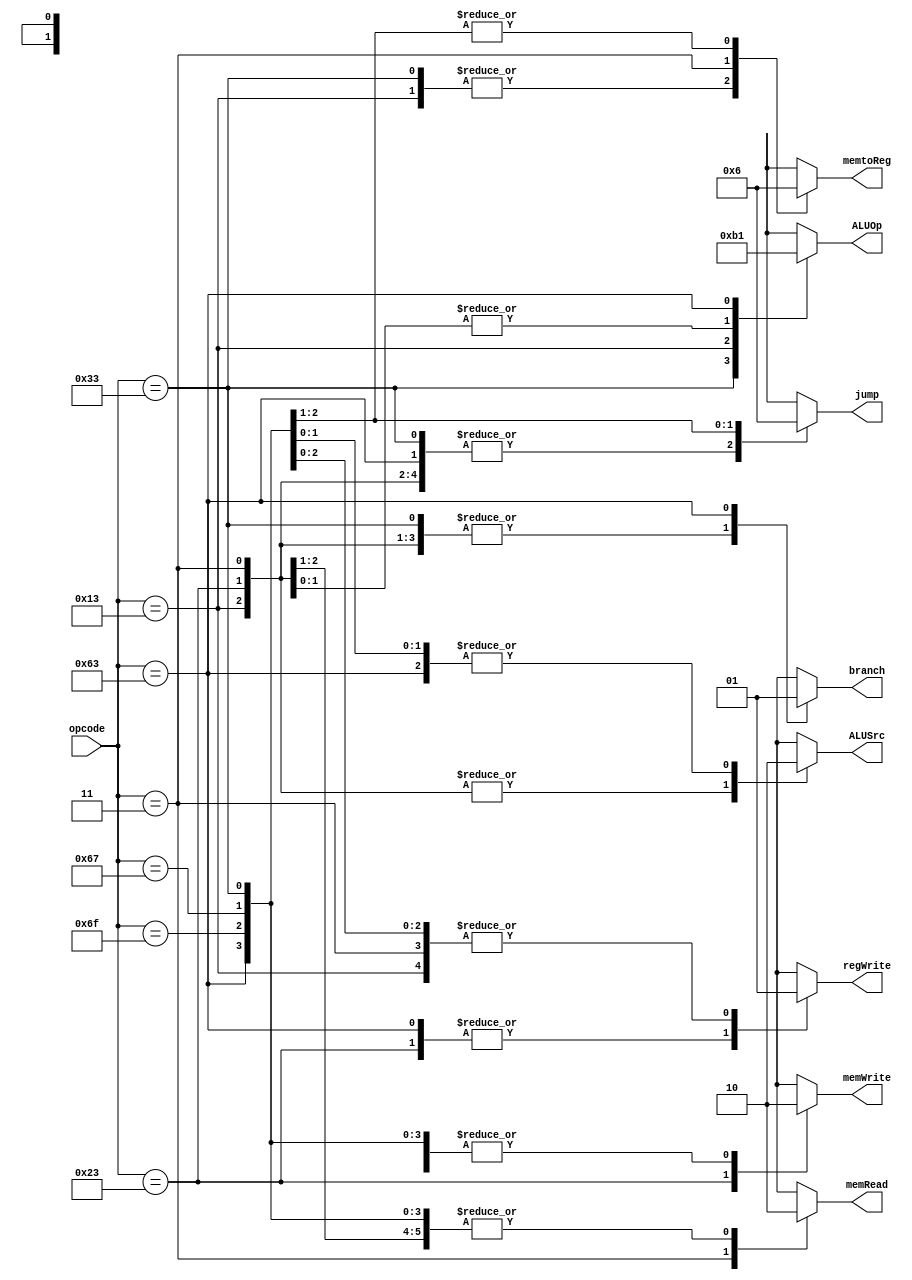
module Control (
    input [6:0] opcode,
    output reg branch,
    output reg memRead,
    output reg [1:0] memtoReg,
    output reg [1:0] ALUOp,
    output reg memWrite,
    output reg ALUSrc,
    output reg regWrite,
    output reg [1:0] jump
);

    // TODO: implement your Control here
    // Hint: follow the Architecture (figure in spec) to set output signal

    always @(*) begin
        case(opcode)
            // R-type
            7'b0110011: begin
                branch = 1'b0;
                memRead = 1'b0;
                memtoReg = 2'b00;
                ALUOp = 2'b10;
                memWrite = 1'b0;
                ALUSrc = 1'b0;
                regWrite = 1'b1;
                jump = 2'b00;
            end
            // I-type
            7'b0010011: begin
                branch = 1'b0;
                memRead = 1'b0;
                memtoReg = 2'b00;
                ALUOp = 2'b11;
                memWrite = 1'b0;
                ALUSrc = 1'b1;
                regWrite = 1'b1;
                jump = 2'b00;
            end
            // sw
            7'b0100011: begin
                branch = 1'b0;
                memRead = 1'b0;
                memtoReg = 2'bxx;
                ALUOp = 2'b00;
                memWrite = 1'b1;
                ALUSrc = 1'b1;
                regWrite = 1'b0;
                jump = 2'b00;
            end
            // lw
            7'b0000011: begin
                branch = 1'b0;
                memRead = 1'b1;
                memtoReg = 2'b01;
                ALUOp = 2'b00;
                memWrite = 1'b0;
                ALUSrc = 1'b1;
                regWrite = 1'b1;
                jump = 2'b00;
            end
            // B-type
            7'b1100011: begin
                branch = 1'b1;
                memRead = 1'b0;
                memtoReg = 2'bxx;
                ALUOp = 2'b01;
                memWrite = 1'b0;
                ALUSrc = 1'b0;
                regWrite = 1'b0;
                jump = 2'b00;
            end
            // jal
            7'b1101111: begin
                branch = 1'bx;
                memRead = 1'b0;
                memtoReg = 2'b10;
                ALUOp = 2'bxx;
                memWrite = 1'b0;
                ALUSrc = 1'bx;
                regWrite = 1'b1;
                jump = 2'b01;
            end
            // jalr
             7'b1100111: begin
                branch = 1'bx;
                memRead = 1'b0;
                memtoReg = 2'b10;
                ALUOp = 2'bxx;
                memWrite = 1'b0;
                ALUSrc = 1'b0;
                regWrite = 1'b1;
                jump = 2'b10;
            end
            default:begin
                branch = 1'bx;
                memRead = 1'bx;
                memtoReg = 2'bxx;
                ALUOp = 2'bxx;
                memWrite = 1'bx;
                ALUSrc = 1'bx;
                regWrite = 1'bx;
                jump = 2'bxx;
            end
        endcase
    end

endmodule